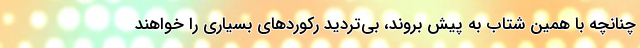
چنانچه با همین شتاب به پیش بروند، بی‌تردید رکوردهای بسیاری را خواهند